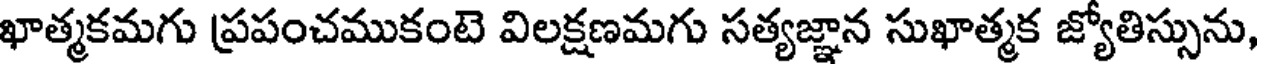
ఖాత్మకమగు ప్రపంచముకంటె విలక్షణమగు సత్యజ్ఞాన సుఖాత్మక జ్యోతిస్సును,